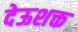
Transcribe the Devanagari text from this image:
देऊशक्त